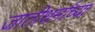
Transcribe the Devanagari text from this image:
जातीधर्मांच्या